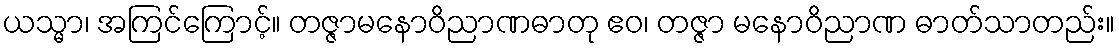
ယသ္မာ၊ အကြင်ကြောင့်။ တဇ္ဇာမနောဝိညာဏဓာတု ဧဝ၊ တဇ္ဇာ မနောဝိညာဏ ဓာတ်သာတည်း။